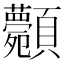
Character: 𩖉